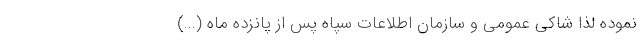
نموده لذا شاکی عمومی و سازمان اطلاعات سپاه پس از پانزده ماه (...)